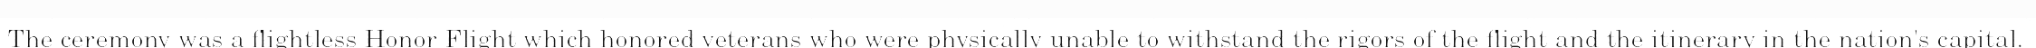
The ceremony was a flightless Honor Flight which honored veterans who were physically unable to withstand the rigors of the flight and the itinerary in the nation's capital.